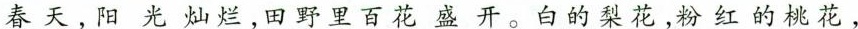
春天，阳光灿烂，田野里百花盛开。白的梨花，粉红的桃花，